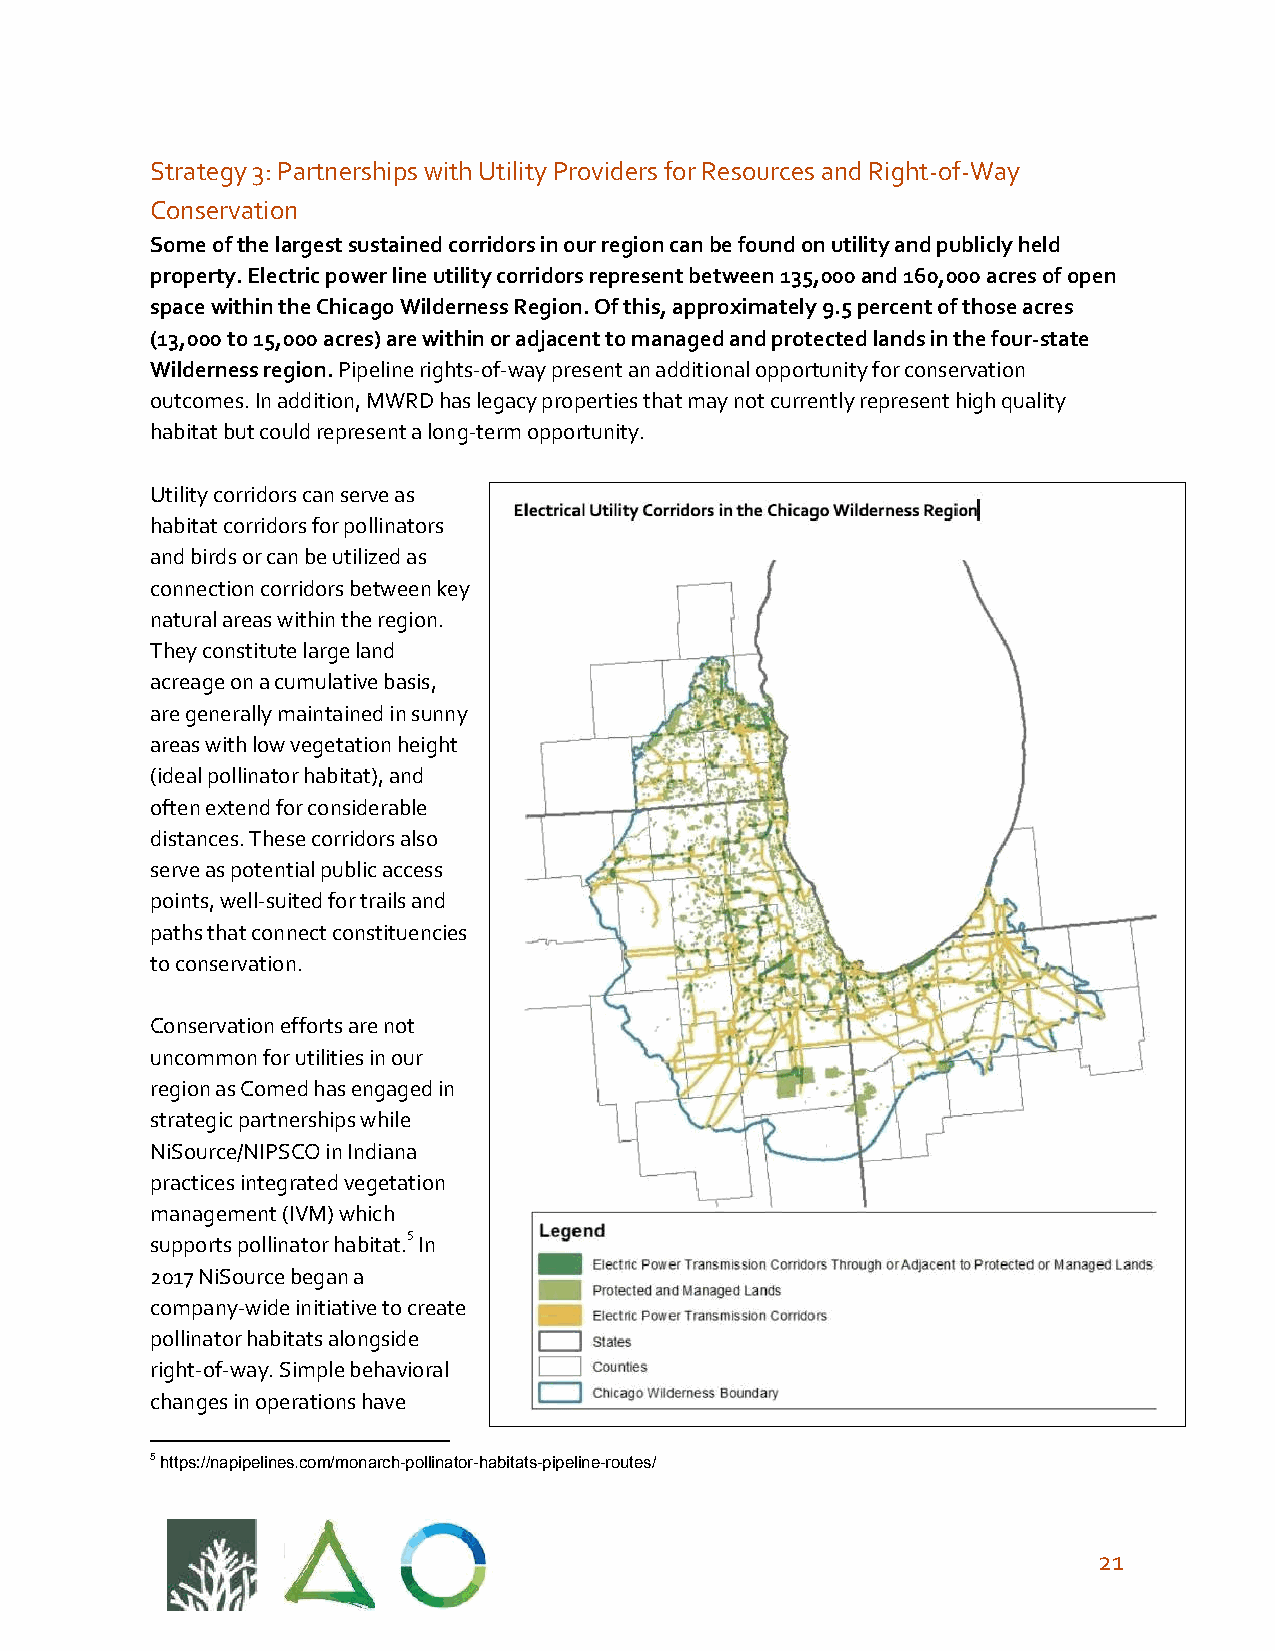
Strategy 3: Partnerships with Utility Providers for Resources and Right-of-Way
 Conservation
 Some of the largest sustained corridors in our region can be found on utility and publicly held
 property. Electric power line utility corridors represent between 135,000 and 160,000 acres of open
 space within the Chicago Wilderness Region. Of this, approximately 9.5 percent of those acres
 (13,000 to 15,000 acres) are within or adjacent to managed and protected lands in the four-state
 Wilderness region. Pipeline rights-of-way present an additional opportunity for conservation
 ​
 outcomes. In addition, MWRD has legacy properties that may not currently represent high quality
 habitat but could represent a long-term opportunity.
 Utility corridors can serve as
 habitat corridors for pollinators
 and birds or can be utilized as
 connection corridors between key
 natural areas within the region.
 They constitute large land
 acreage on a cumulative basis,
 are generally maintained in sunny
 areas with low vegetation height
 (ideal pollinator habitat), and
 often extend for considerable
 distances. These corridors also
 serve as potential public access
 points, well-suited for trails and
 paths that connect constituencies
 to conservation.
 Conservation efforts are not
 uncommon for utilities in our
 region as Comed has engaged in
 strategic partnerships while
 NiSource/NIPSCO in Indiana
 practices integrated vegetation
 management (IVM) which
 5
 supports pollinator habitat. In
 2017 NiSource began a
 company-wide initiative to create
 pollinator habitats alongside
 right-of-way. Simple behavioral
 changes in operations have
 5 https://napipelines.com/monarch-pollinator-habitats-pipeline-routes/
 21